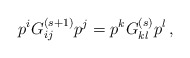
\begin{align*} p^iG^{(s+1)}_{ij}p^j=p^kG^{(s)}_{kl}p^l \, ,\end{align*}